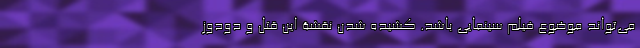
می‌تواند موضوع فیلم سینمایی باشد. کشیده شدنِ نقشۀ این قتل و دودوز